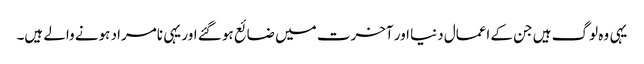
یہی وہ لوگ ہیں جن کے اعمال دنیا اور آخرت میں ضائع ہو گئے اور یہی نامراد ہونے والے ہیں۔